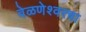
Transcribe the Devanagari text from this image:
वेळणेश्वरचा